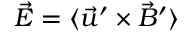
{ \vec { \cal E } } = \langle \vec { u } ^ { \prime } \times \vec { B } ^ { \prime } \rangle